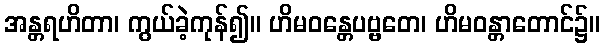
အန္တရဟိတာ၊ ကွယ်ခဲ့ကုန်၍။ ဟိမဝန္တေပဗ္ဗတေ၊ ဟိမဝန္တာတောင်၌။